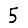
Digit: 5